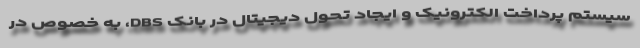
سیستم پرداخت الکترونیک و ایجاد تحول دیجیتال در بانک DBS، به خصوص در